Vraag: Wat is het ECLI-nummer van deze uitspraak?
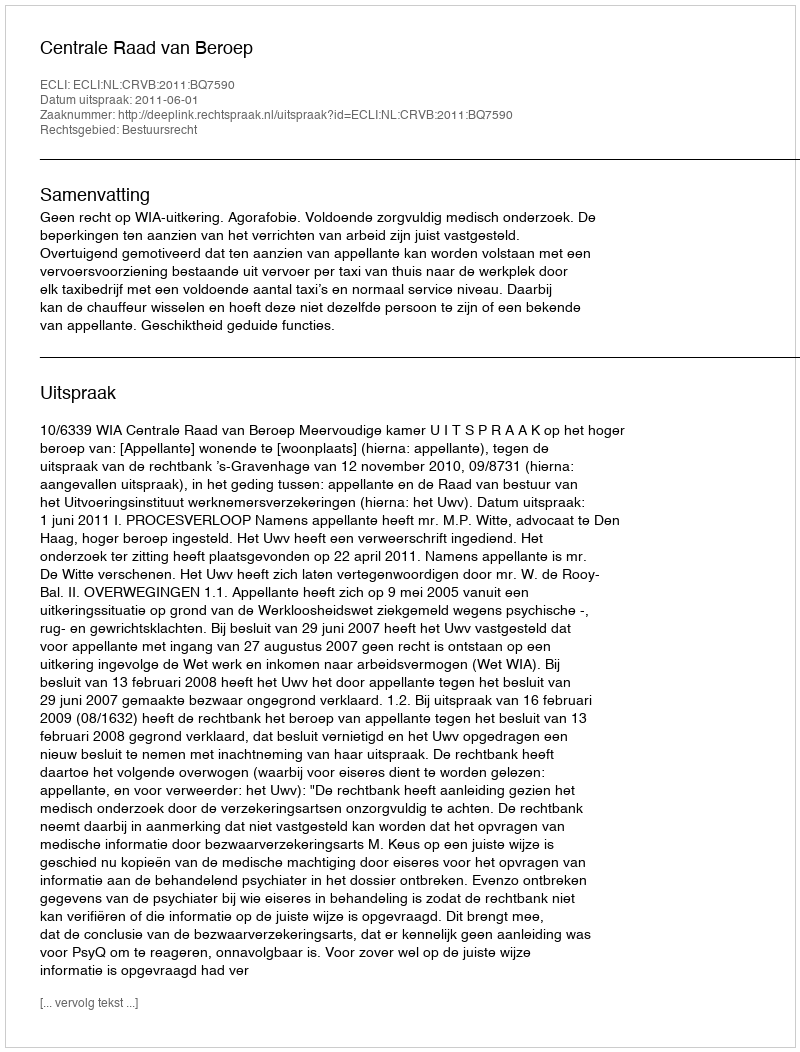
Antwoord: ECLI:NL:CRVB:2011:BQ7590